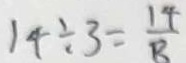
1 4 \div 3 = \frac { 1 4 } { 8 }